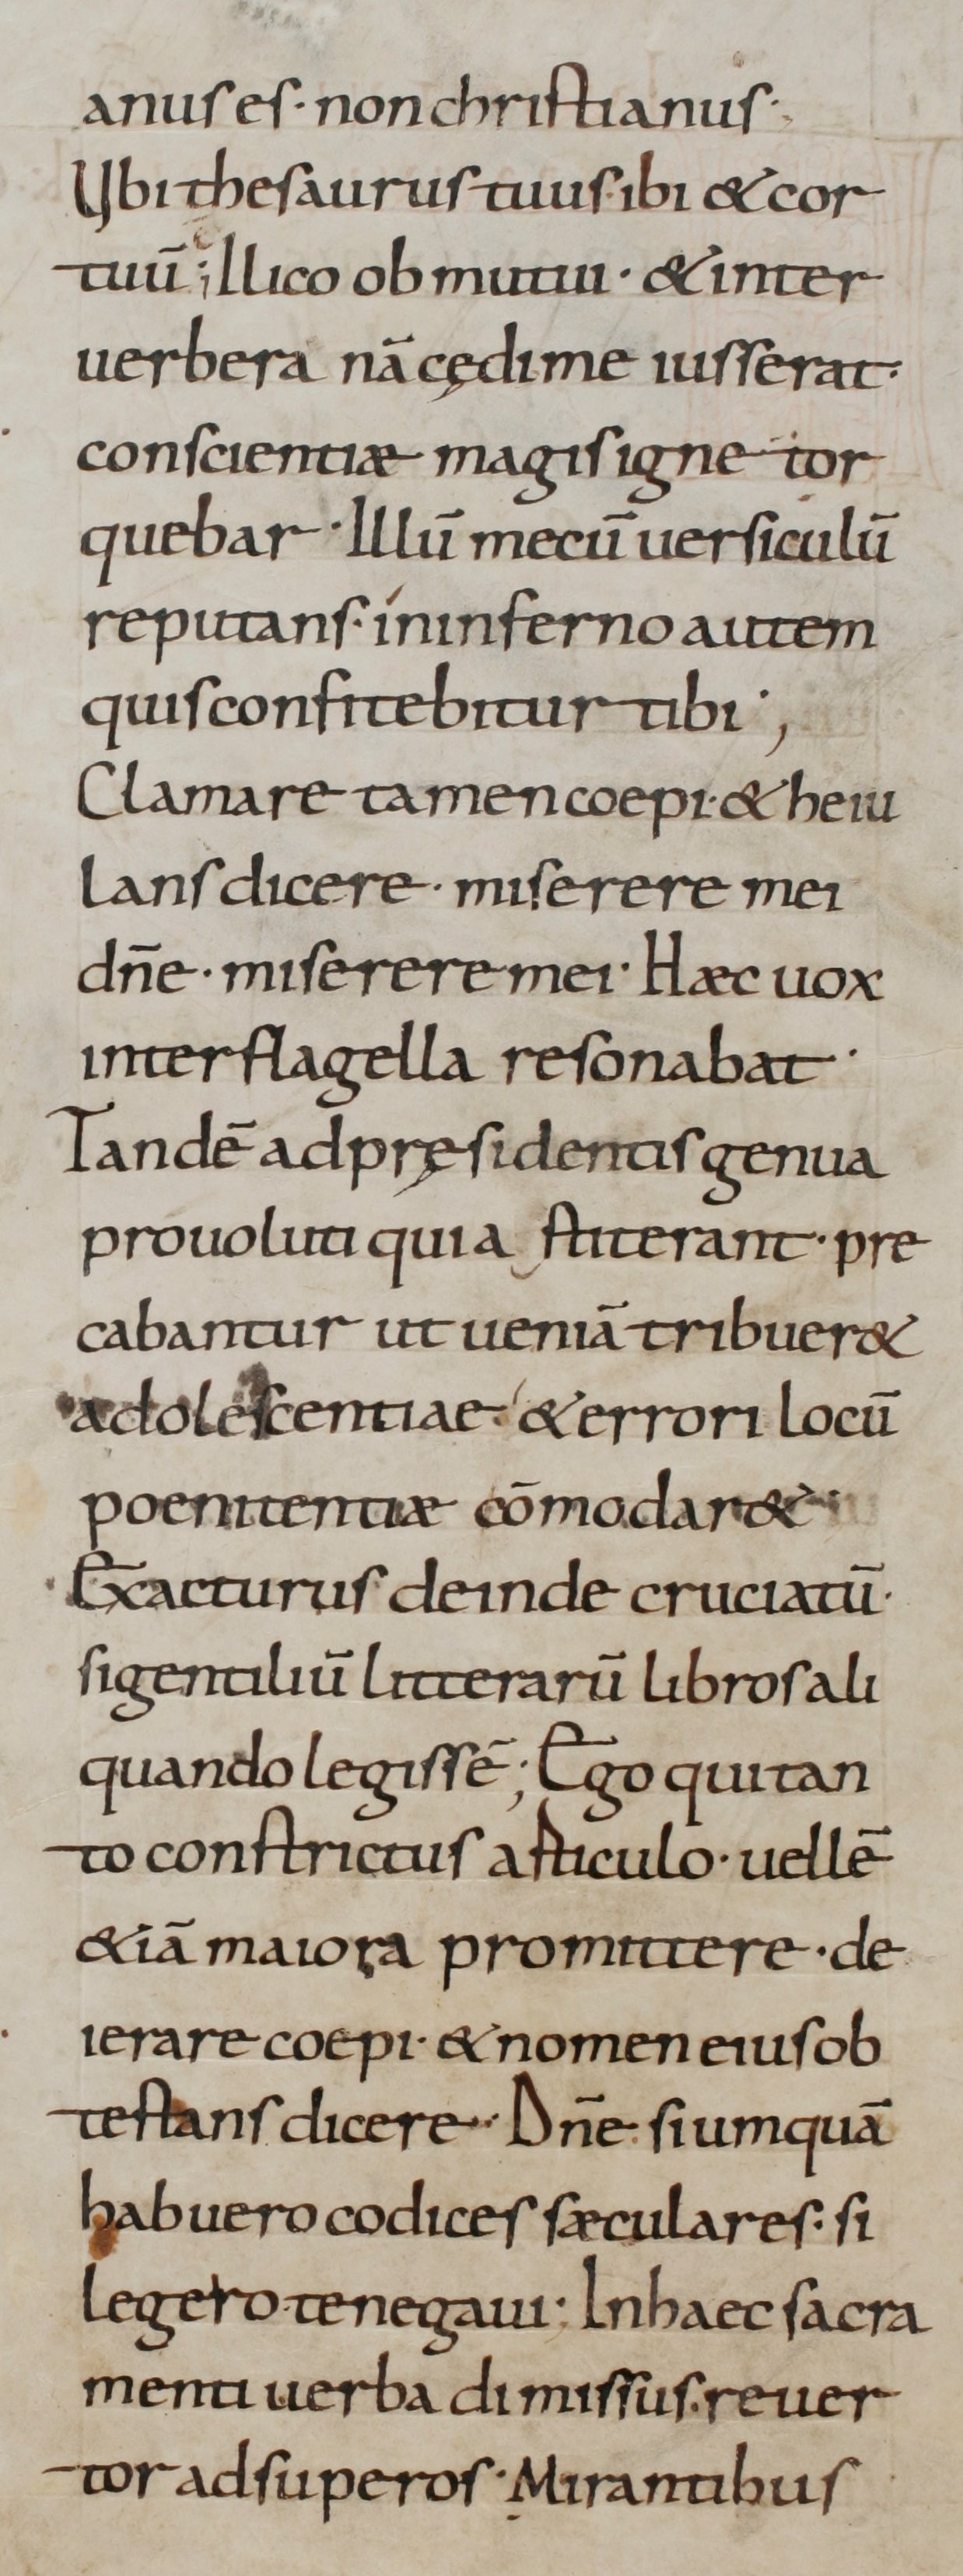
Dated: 800–999